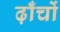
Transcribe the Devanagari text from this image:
ढ़ाँचों